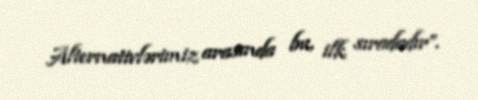
Alternativlərimiz arasında bu, ilk sıradadır”.